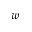
w